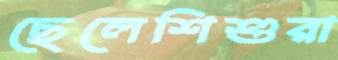
ছেলেশিশুরা